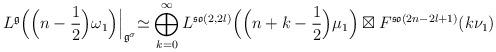
LaTeX: \begin{align*}L^{\frak{g}}\Bigl(\Bigl(n-\frac{1}{2}\Bigr)\omega_1\Bigr)\Bigl|_{\frak{g}^\sigma}\simeq\bigoplus_{k=0}^{\infty} L^{\frak{so}(2,2l)} \Bigl(\Bigl(n+k-\frac{1}{2}\Bigr)\mu_1\Bigr)\boxtimes F^{\frak{so}(2n-2l+1)}(k\nu_1)\end{align*}